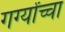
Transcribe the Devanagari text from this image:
गर्ग्यांच्चा